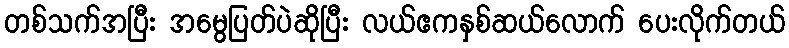
တစ်သက်အပြီး အမွေပြတ်ပဲဆိုပြီး လယ်ဧကနှစ်ဆယ်လောက် ပေးလိုက်တယ်